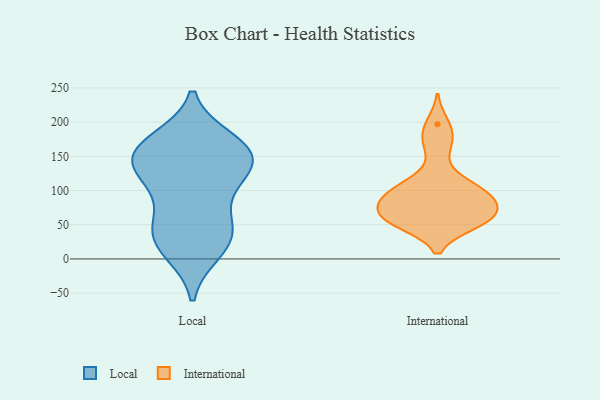
{"axis": {"x": "Satisfaction Score", "y": "Value"}, "legend": ["International", "Local"], "data": [{"x": "", "y": 136, "type": "Local"}, {"x": "", "y": 36, "type": "Local"}, {"x": "", "y": 115, "type": "Local"}, {"x": "", "y": 162, "type": "Local"}, {"x": "", "y": 46, "type": "Local"}, {"x": "", "y": 165, "type": "Local"}, {"x": "", "y": 38, "type": "Local"}, {"x": "", "y": 11, "type": "Local"}, {"x": "", "y": 152, "type": "Local"}, {"x": "", "y": 174, "type": "Local"}, {"x": "", "y": 139, "type": "Local"}, {"x": "", "y": 90, "type": "Local"}, {"x": "", "y": 119, "type": "Local"}, {"x": "", "y": 139, "type": "Local"}, {"x": "", "y": 50, "type": "Local"}, {"x": "", "y": 169, "type": "Local"}, {"x": "", "y": 10, "type": "Local"}, {"x": "", "y": 197, "type": "International"}, {"x": "", "y": 77, "type": "International"}, {"x": "", "y": 92, "type": "International"}, {"x": "", "y": 66, "type": "International"}, {"x": "", "y": 60, "type": "International"}, {"x": "", "y": 52, "type": "International"}, {"x": "", "y": 108, "type": "International"}, {"x": "", "y": 95, "type": "International"}, {"x": "", "y": 92, "type": "International"}, {"x": "", "y": 112, "type": "International"}, {"x": "", "y": 57, "type": "International"}, {"x": "", "y": 95, "type": "International"}, {"x": "", "y": 58, "type": "International"}, {"x": "", "y": 72, "type": "International"}, {"x": "", "y": 180, "type": "International"}, {"x": "", "y": 52, "type": "International"}, {"x": "", "y": 161, "type": "International"}]}